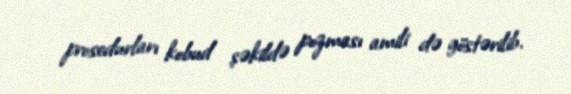
prosedurları kobud şəkildə pozması amili də göstərilib.